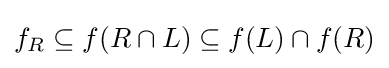
f_{R}\subseteq f(R\cap L)\subseteq f(L)\cap f(R)